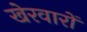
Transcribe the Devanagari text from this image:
खेरवारों